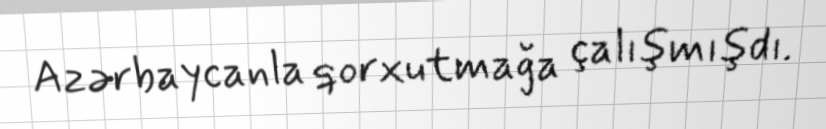
Azərbaycanla qorxutmağa çalışmışdı.